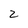
Character: 2